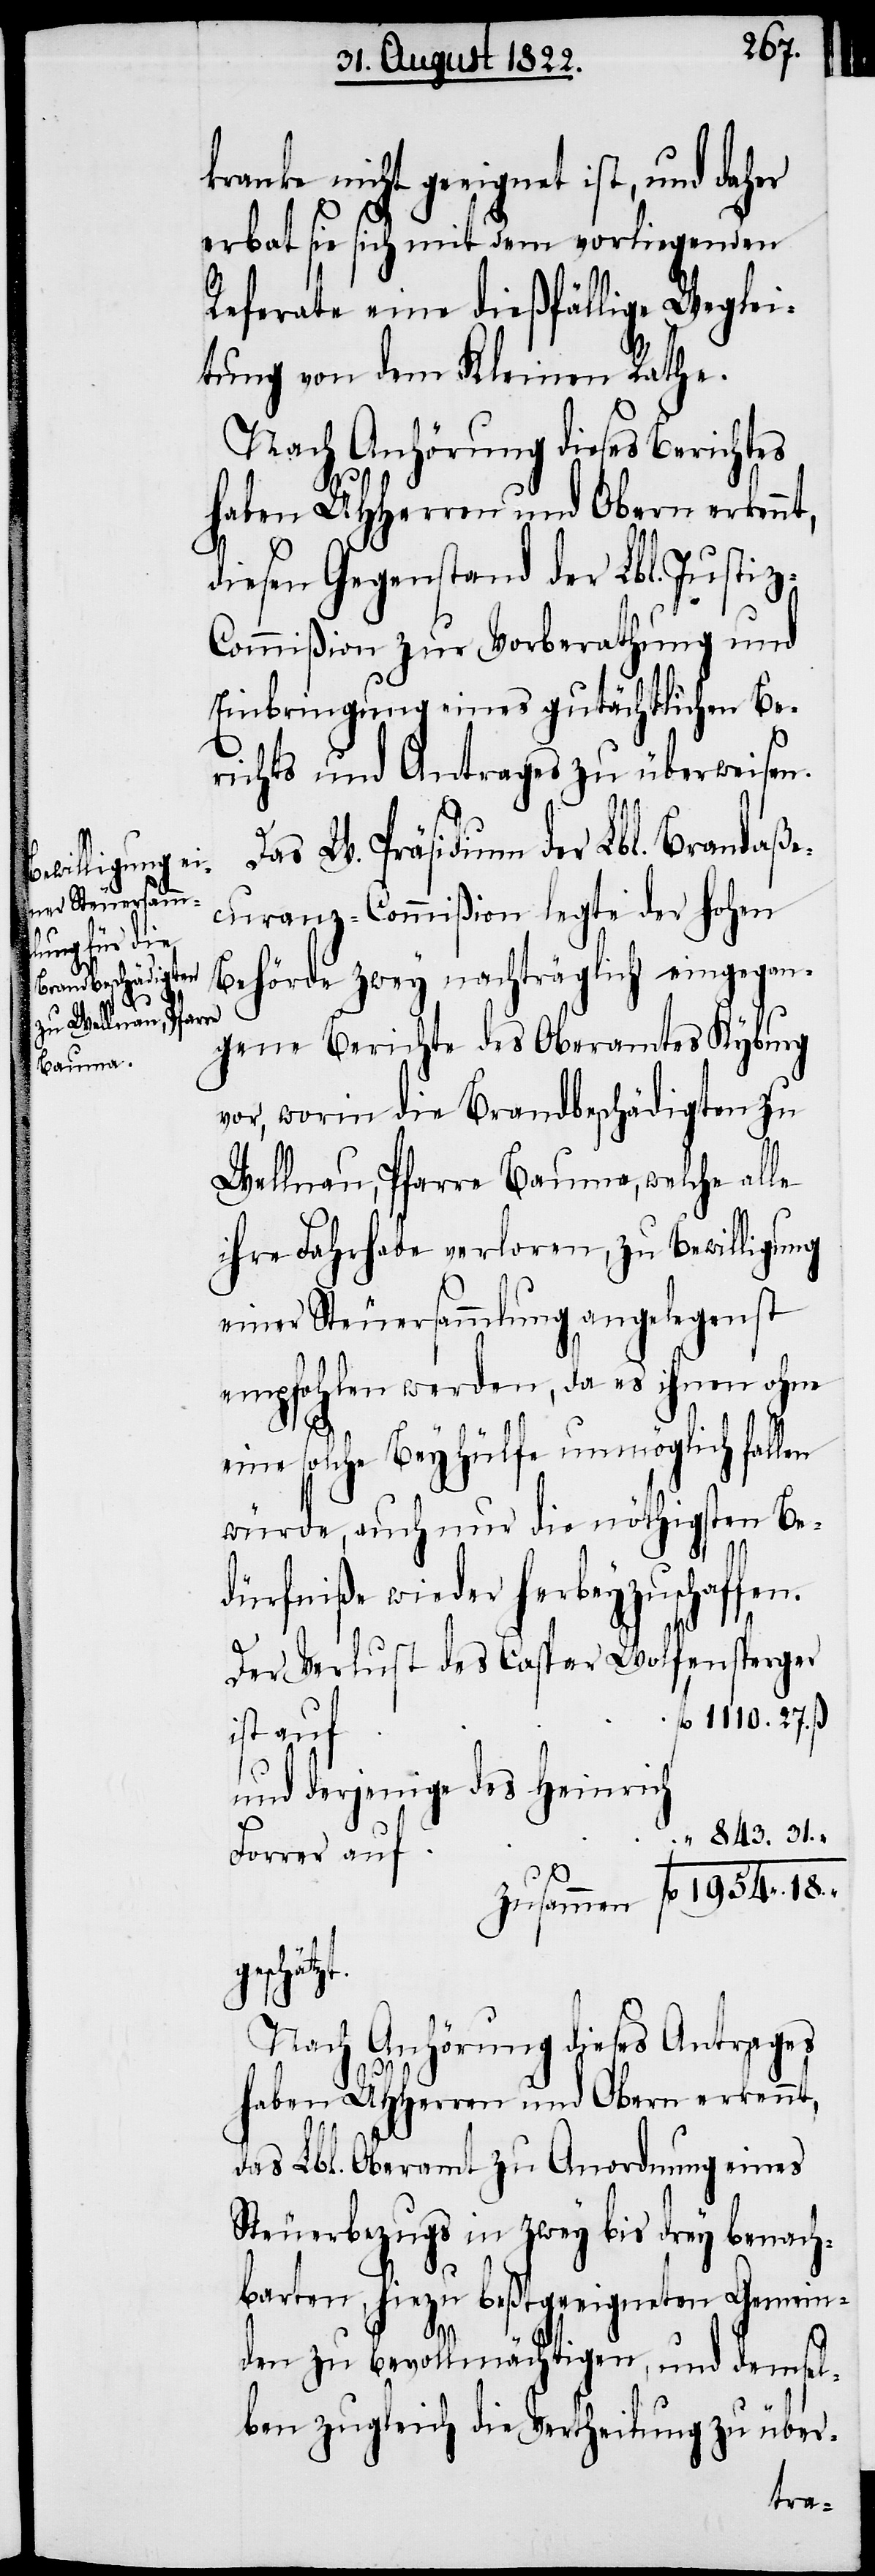
kranke nicht geeignet ist, und daher
erbat sie sich mit dem vorliegenden
Referate eine dießfällige Weglei¬
tung von dem Kleinen Rathe.
Nach Anhörung dieses Berichtes
da es
diesen Gegenstand der Lbl. Justiz-C¬
ommißion zur Vorberathung und
Einbringung gutächtlichen Be¬
richts und Antrages zu überweisen.
Das W. Präsidium de Lbl. Brandaße¬
einer Steuersam¬
curanz-Commißion legte der hohen
Behörde zwey nachträglich eingegan¬
zt.
gene Berichte des Oberamtes Kyburg
vor, worin die Brandbeschädigten zu
Wellnau, Pfarre Bauma, welche alle
ihre Fahrhabe verloren, zu Bewilligung
eine solche Beyhülfe unmöglich fallen
würde, auch nur die nöthigsten Be¬
dürfniße wieder herbeyzuschaffen.
Der Verlurst des Caspar Wolfensperger
1110. 27. ß
ist auf
und derjenige des Heinrich
843. 31.
zusammen	fl. 1954. 18.
geschät¬
Nach Anhörung dieses Antrages
haben UHHerrn und Obern erkennt,
das Lbl. Oberamt zu Anordnung eines
Steuerbezugs in zwey bis drey benach¬
barten, hiezu beßtgeeigneten Gemein¬
den zu bevollmächtigen, und demsel¬
ben zugleich die Vertheilung zu über-